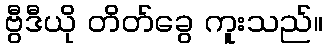
ဗွီဒီယို တိတ်ခွေ ကူးသည်။